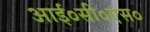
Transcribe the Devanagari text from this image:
आई०सी०एस०